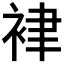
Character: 𧙻